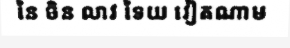
នៃ ចិន លាវ ទៃយ វៀតណាម